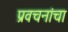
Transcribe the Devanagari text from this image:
प्रवचनांचा